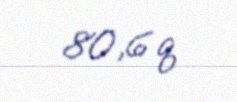
80,6 q